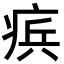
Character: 𭼑